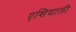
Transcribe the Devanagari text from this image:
एशियाली